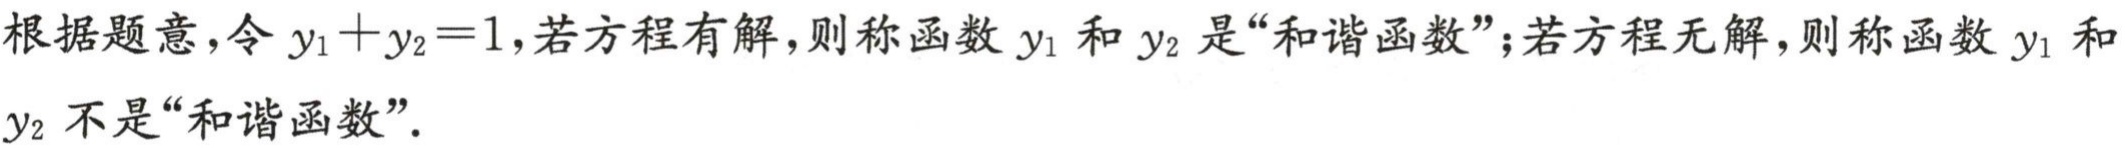
根据题意，令 \(y_{1}+y_{2}=1\)，若方程有解，则称函数 \(y_{1}\) 和 \(y_{2}\) 是“和谐函数”；若方程无解，则称函数 \(y_{1}\) 和 \(y_{2}\) 不是“和谐函数”.